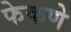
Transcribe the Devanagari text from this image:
फेकणे